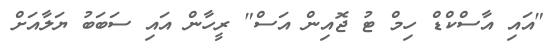
"އައި އާސްކްޑް ހިމް ޓު ޖޮއިން އަސް" ރީހާން އައި ސަބަބު ޔަލާއަށް